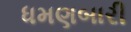
ધમણબારી